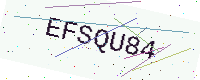
Text: EFSQU84